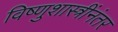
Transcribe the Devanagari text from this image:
विष्णुशास्त्रींनंतर